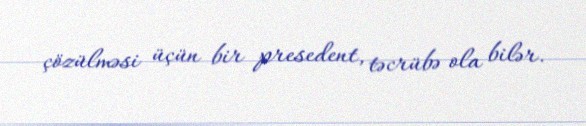
çözülməsi üçün bir presedent, təcrübə ola bilər.